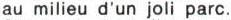
au milieu d'un joli parc.